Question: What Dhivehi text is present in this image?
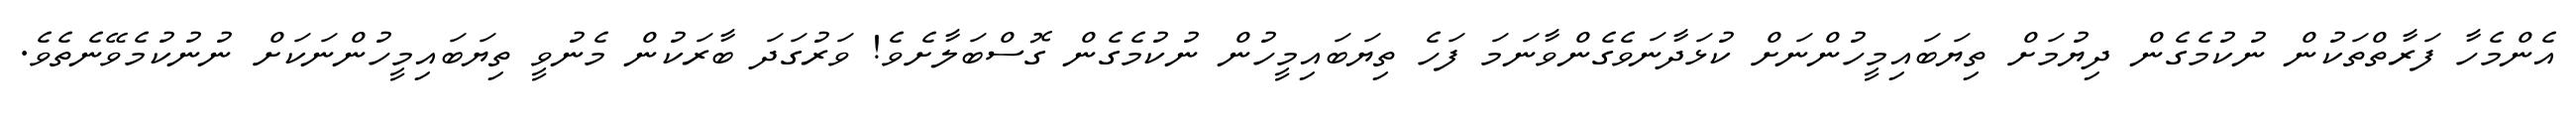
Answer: އެންމެހާ ފަރާތްތަކުން ނުކުމެގެން ދިޔުމަށް ތިޔަބައިމީހުންނަށް ކުޅަދާނަވެގެންވާނަމަ ފަހެ ތިޔަބައިމީހުން ނުކުމެގެން ގޮސްބަލާށެވެ! ވަރުގަދަ ބާރަކުން މެނުވީ ތިޔަބައިމީހުންނަކަށް ނުނުކުމެވޭނެތެވެ.